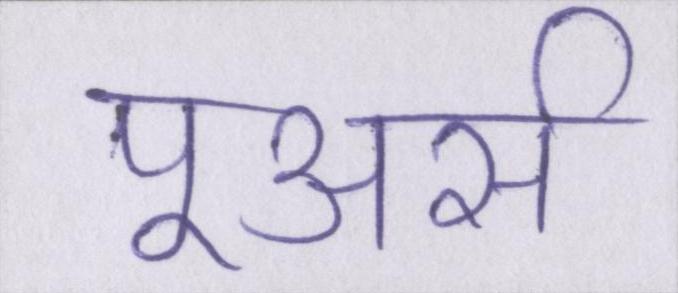
पूअर्स